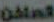
الصافة